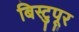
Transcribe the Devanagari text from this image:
बिस्टुपूर